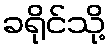
ခရိုင်သို့